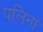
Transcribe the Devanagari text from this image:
पलिना